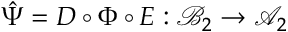
{ \hat { \Psi } } = D \circ \Phi \circ E : { \mathcal { B } } _ { 2 } \rightarrow { \mathcal { A } } _ { 2 }